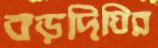
বড়দিঘির